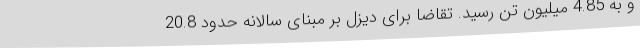
و به 4.85 میلیون تن رسید. تقاضا برای دیزل بر مبنای سالانه حدود 20.8